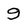
Character: 9